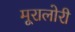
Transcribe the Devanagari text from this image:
मूरालोरी